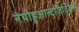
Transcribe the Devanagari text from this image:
नेपोहुआल्टज़िट्ज़िन